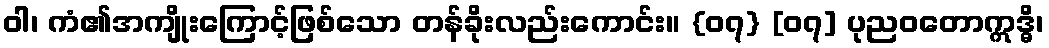
ဝါ၊ ကံ၏အကျိုးကြောင့်ဖြစ်သော တန်ခိုးလည်းကောင်း။ {၀၇} [၀၇] ပုညဝတောဣဒ္ဓိ၊